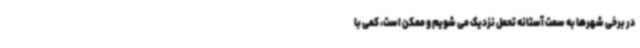
در برخی شهرها به سمت آستانه تحمل نزدیک می شویم و ممکن است، کمی با